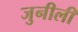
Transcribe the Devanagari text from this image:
जुनीली